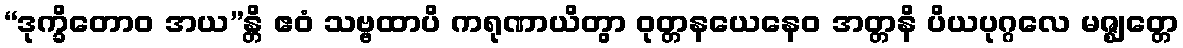
“ဒုက္ခိတောဝ အယ”န္တိ ဧဝံ သဗ္ဗထာပိ ကရုဏာယိတွာ ဝုတ္တနယေနေဝ အတ္တနိ ပိယပုဂ္ဂလေ မဇ္ဈတ္တေ